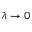
\lambda \to 0